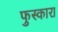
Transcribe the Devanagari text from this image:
फुस्कारा